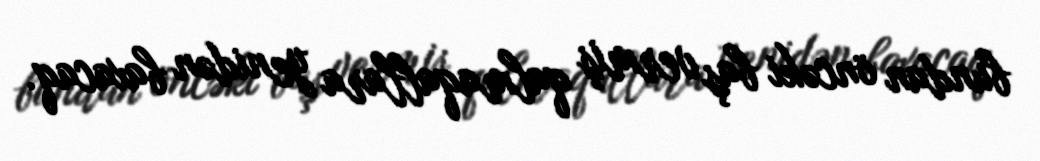
bundan öncəki baş vermiş qalmaqallara yenidən baxacaq.